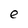
Character: e